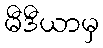
မီဒီယာမှ